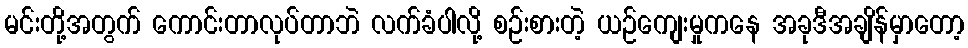
မင်းတို့အတွက် ကောင်းတာလုပ်တာဘဲ လက်ခံပါလို့ စဉ်းစားတဲ့ ယဉ်ကျေးမှုကနေ အခုဒီအချိန်မှာတော့